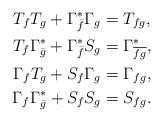
LaTeX: \begin{align*}T_{f}T_{g}+{\Gamma^{*}_{\bar{f}}}{\Gamma_{g}}&=T_{fg},\\T_{f}{\Gamma^{*}_{\bar{g}}}+{\Gamma^{*}_{\bar{f}}}{S_{g}}&= {\Gamma^{*}_{\overline{fg}}},\\\Gamma_{f}T_{g}+S_{f}{\Gamma_{g}}&=\Gamma_{fg},\\\Gamma_{f}{\Gamma^{*}_{\bar{g}}}+S_{f}S_{g}&=S_{fg}.\end{align*}